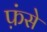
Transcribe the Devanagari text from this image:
फ़ंसे